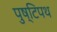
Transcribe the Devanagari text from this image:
पुष्टिपथ